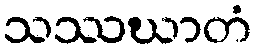
သဿဃာတံ